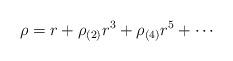
LaTeX: \begin{align*}\rho = r + \rho_{(2)}r^3 + \rho_{(4)}r^5 + \dotsb\end{align*}